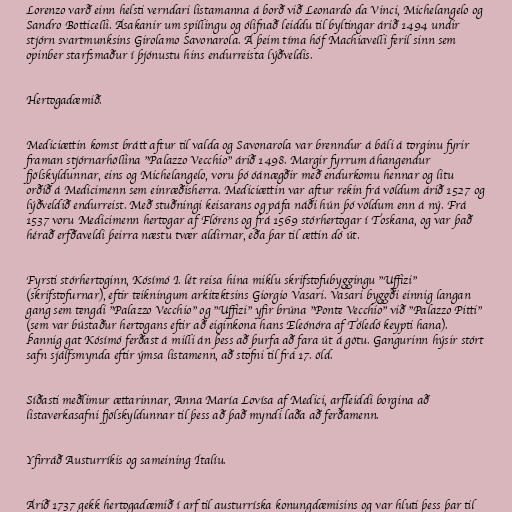
Lorenzo varð einn helsti verndari listamanna á borð við Leonardo da Vinci, Michelangelo og
Sandro Botticelli. Ásakanir um spillingu og ólifnað leiddu til byltingar árið 1494 undir
stjórn svartmunksins Girolamo Savonarola. Á þeim tíma hóf Machiavelli feril sinn sem
opinber starfsmaður í þjónustu hins endurreista lýðveldis.

Hertogadæmið.

Mediciættin komst brátt aftur til valda og Savonarola var brenndur á báli á torginu fyrir
framan stjórnarhöllina "Palazzo Vecchio" árið 1498. Margir fyrrum áhangendur
fjölskyldunnar, eins og Michelangelo, voru þó óánægðir með endurkomu hennar og litu
orðið á Medicimenn sem einræðisherra. Mediciættin var aftur rekin frá völdum árið 1527 og
lýðveldið endurreist. Með stuðningi keisarans og páfa náði hún þó völdum enn á ný. Frá
1537 voru Medicimenn hertogar af Flórens og frá 1569 stórhertogar í Toskana, og var það
hérað erfðaveldi þeirra næstu tvær aldirnar, eða þar til ættin dó út.

Fyrsti stórhertoginn, Kósímó I. lét reisa hina miklu skrifstofubyggingu "Uffizi"
(skrifstofurnar), eftir teikningum arkitektsins Giorgio Vasari. Vasari byggði einnig langan
gang sem tengdi "Palazzo Vecchio" og "Uffizi" yfir brúna "Ponte Vecchio" við "Palazzo Pitti"
(sem var bústaður hertogans eftir að eiginkona hans Eleónóra af Tóledó keypti hana).
Þannig gat Kósímó ferðast á milli án þess að þurfa að fara út á götu. Gangurinn hýsir stórt
safn sjálfsmynda eftir ýmsa listamenn, að stofni til frá 17. öld.

Síðasti meðlimur ættarinnar, Anna María Lovísa af Medici, arfleiddi borgina að
listaverkasafni fjölskyldunnar til þess að það myndi laða að ferðamenn.

Yfirráð Austurríkis og sameining Ítalíu.

Árið 1737 gekk hertogadæmið í arf til austurríska konungdæmisins og var hluti þess þar til